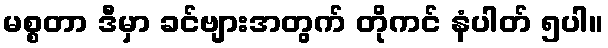
မစ္စတာ ဒီမှာ ခင်ဗျားအတွက် တိုကင် နံပါတ် ၅ပါ။